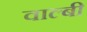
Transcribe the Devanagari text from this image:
वाल्बी